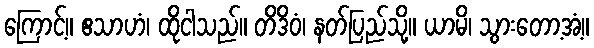
ကြောင့်။ ဧသာဟံ၊ ထိုငါသည်။ တိဒိဝံ၊ နတ်ပြည်သို့။ ယာမိ၊ သွားတော့အံ့။